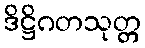
ဒိဋ္ဌိဂတသုတ္တ